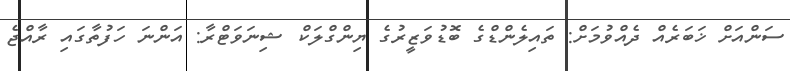
ސަންއަށް ޚަބަރެއް ދެއްވުމަށް: ތައިލެންޑްގެ ބޮޑުވަޒީރުގެ ޔިންގްލަކް ޝިނަވަޓްރާ: އަންނަ ހަފުތާގައި ރާއްޖެ